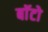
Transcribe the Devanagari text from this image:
बाॅटो